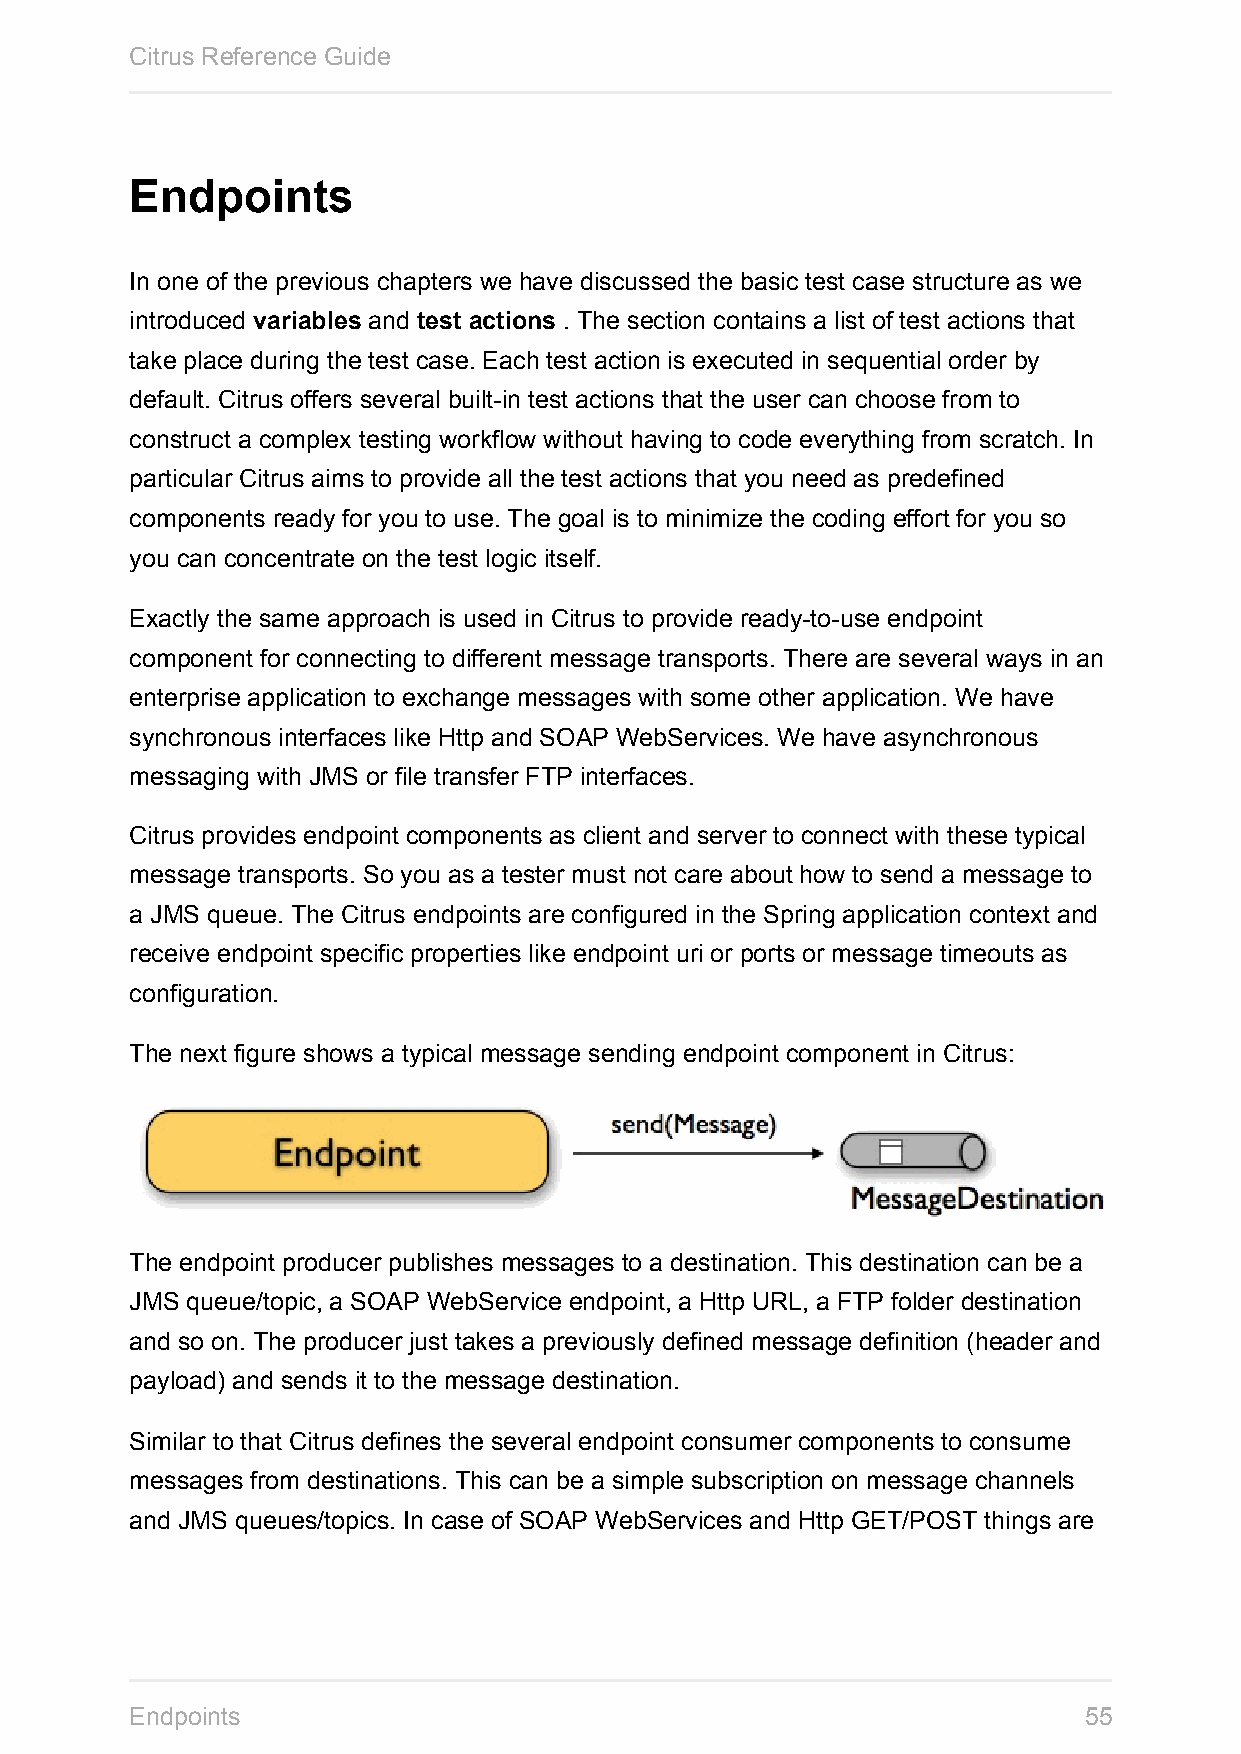
Citrus Reference Guide
 Endpoints
 In one of the previous chapters we have discussed the basic test case structure as we
 introduced variables and test actions . The section contains a list of test actions that
 take place during the test case. Each test action is executed in sequential order by
 default. Citrus offers several built-in test actions that the user can choose from to
 construct a complex testing workflow without having to code everything from scratch. In
 particular Citrus aims to provide all the test actions that you need as predefined
 components ready for you to use. The goal is to minimize the coding effort for you so
 you can concentrate on the test logic itself.
 Exactly the same approach is used in Citrus to provide ready-to-use endpoint
 component for connecting to different message transports. There are several ways in an
 enterprise application to exchange messages with some other application. We have
 synchronous interfaces like Http and SOAP WebServices. We have asynchronous
 messaging with JMS or file transfer FTP interfaces.
 Citrus provides endpoint components as client and server to connect with these typical
 message transports. So you as a tester must not care about how to send a message to
 a JMS queue. The Citrus endpoints are configured in the Spring application context and
 receive endpoint specific properties like endpoint uri or ports or message timeouts as
 configuration.
 The next figure shows a typical message sending endpoint component in Citrus:
 The endpoint producer publishes messages to a destination. This destination can be a
 JMS queue/topic, a SOAP WebService endpoint, a Http URL, a FTP folder destination
 and so on. The producer just takes a previously defined message definition (header and
 payload) and sends it to the message destination.
 Similar to that Citrus defines the several endpoint consumer components to consume
 messages from destinations. This can be a simple subscription on message channels
 and JMS queues/topics. In case of SOAP WebServices and Http GET/POST things are
 Endpoints                                                      55